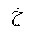
Letter: _kha